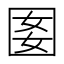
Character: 𡇔